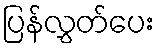
ပြန်လွှတ်ပေး